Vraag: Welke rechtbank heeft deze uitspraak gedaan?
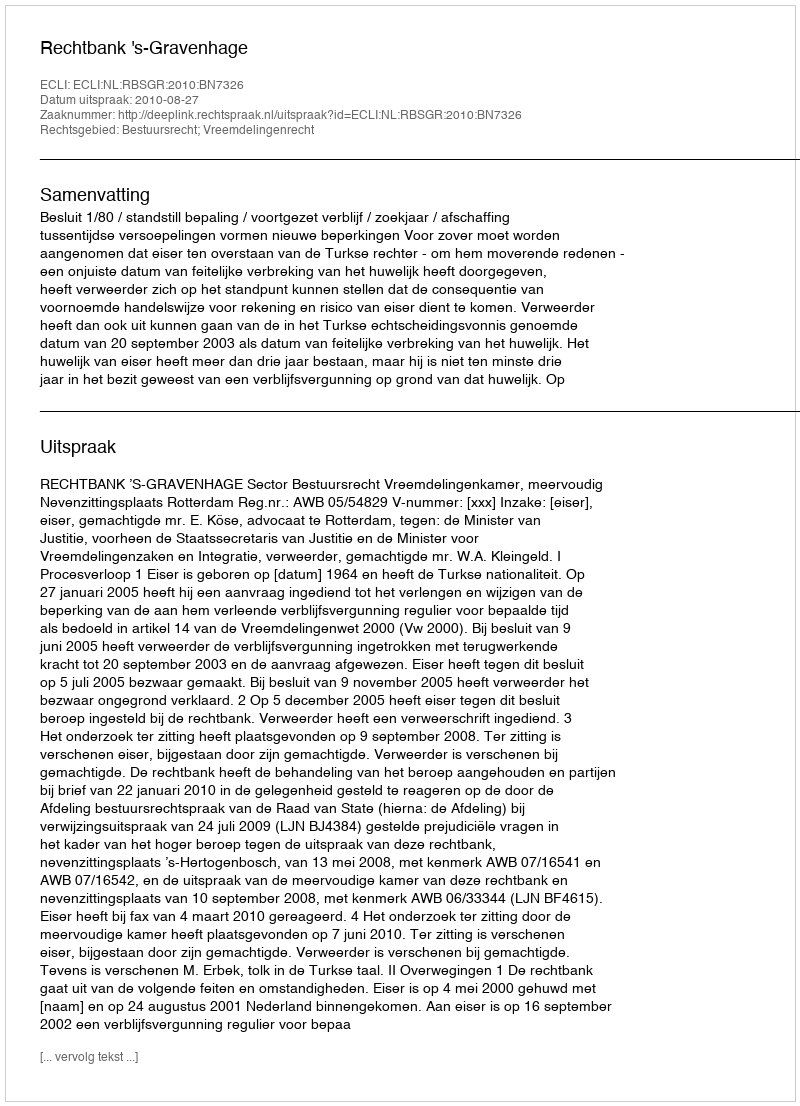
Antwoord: Rechtbank 's-Gravenhage